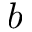
b